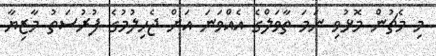
މި މެޗުން މޮޅުވި ނަމަ ތާވަލްގެ އެއްވަނަ އަށް ޖެހިލުމުގެ ފުރުސަތު މާޒިޔާ